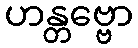
ဟန္တဗ္ဗော